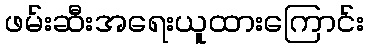
ဖမ်းဆီးအရေးယူထားကြောင်း